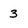
Character: 3